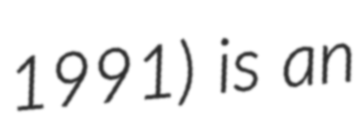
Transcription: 1991) is an